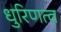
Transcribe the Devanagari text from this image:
धुरिणत्व